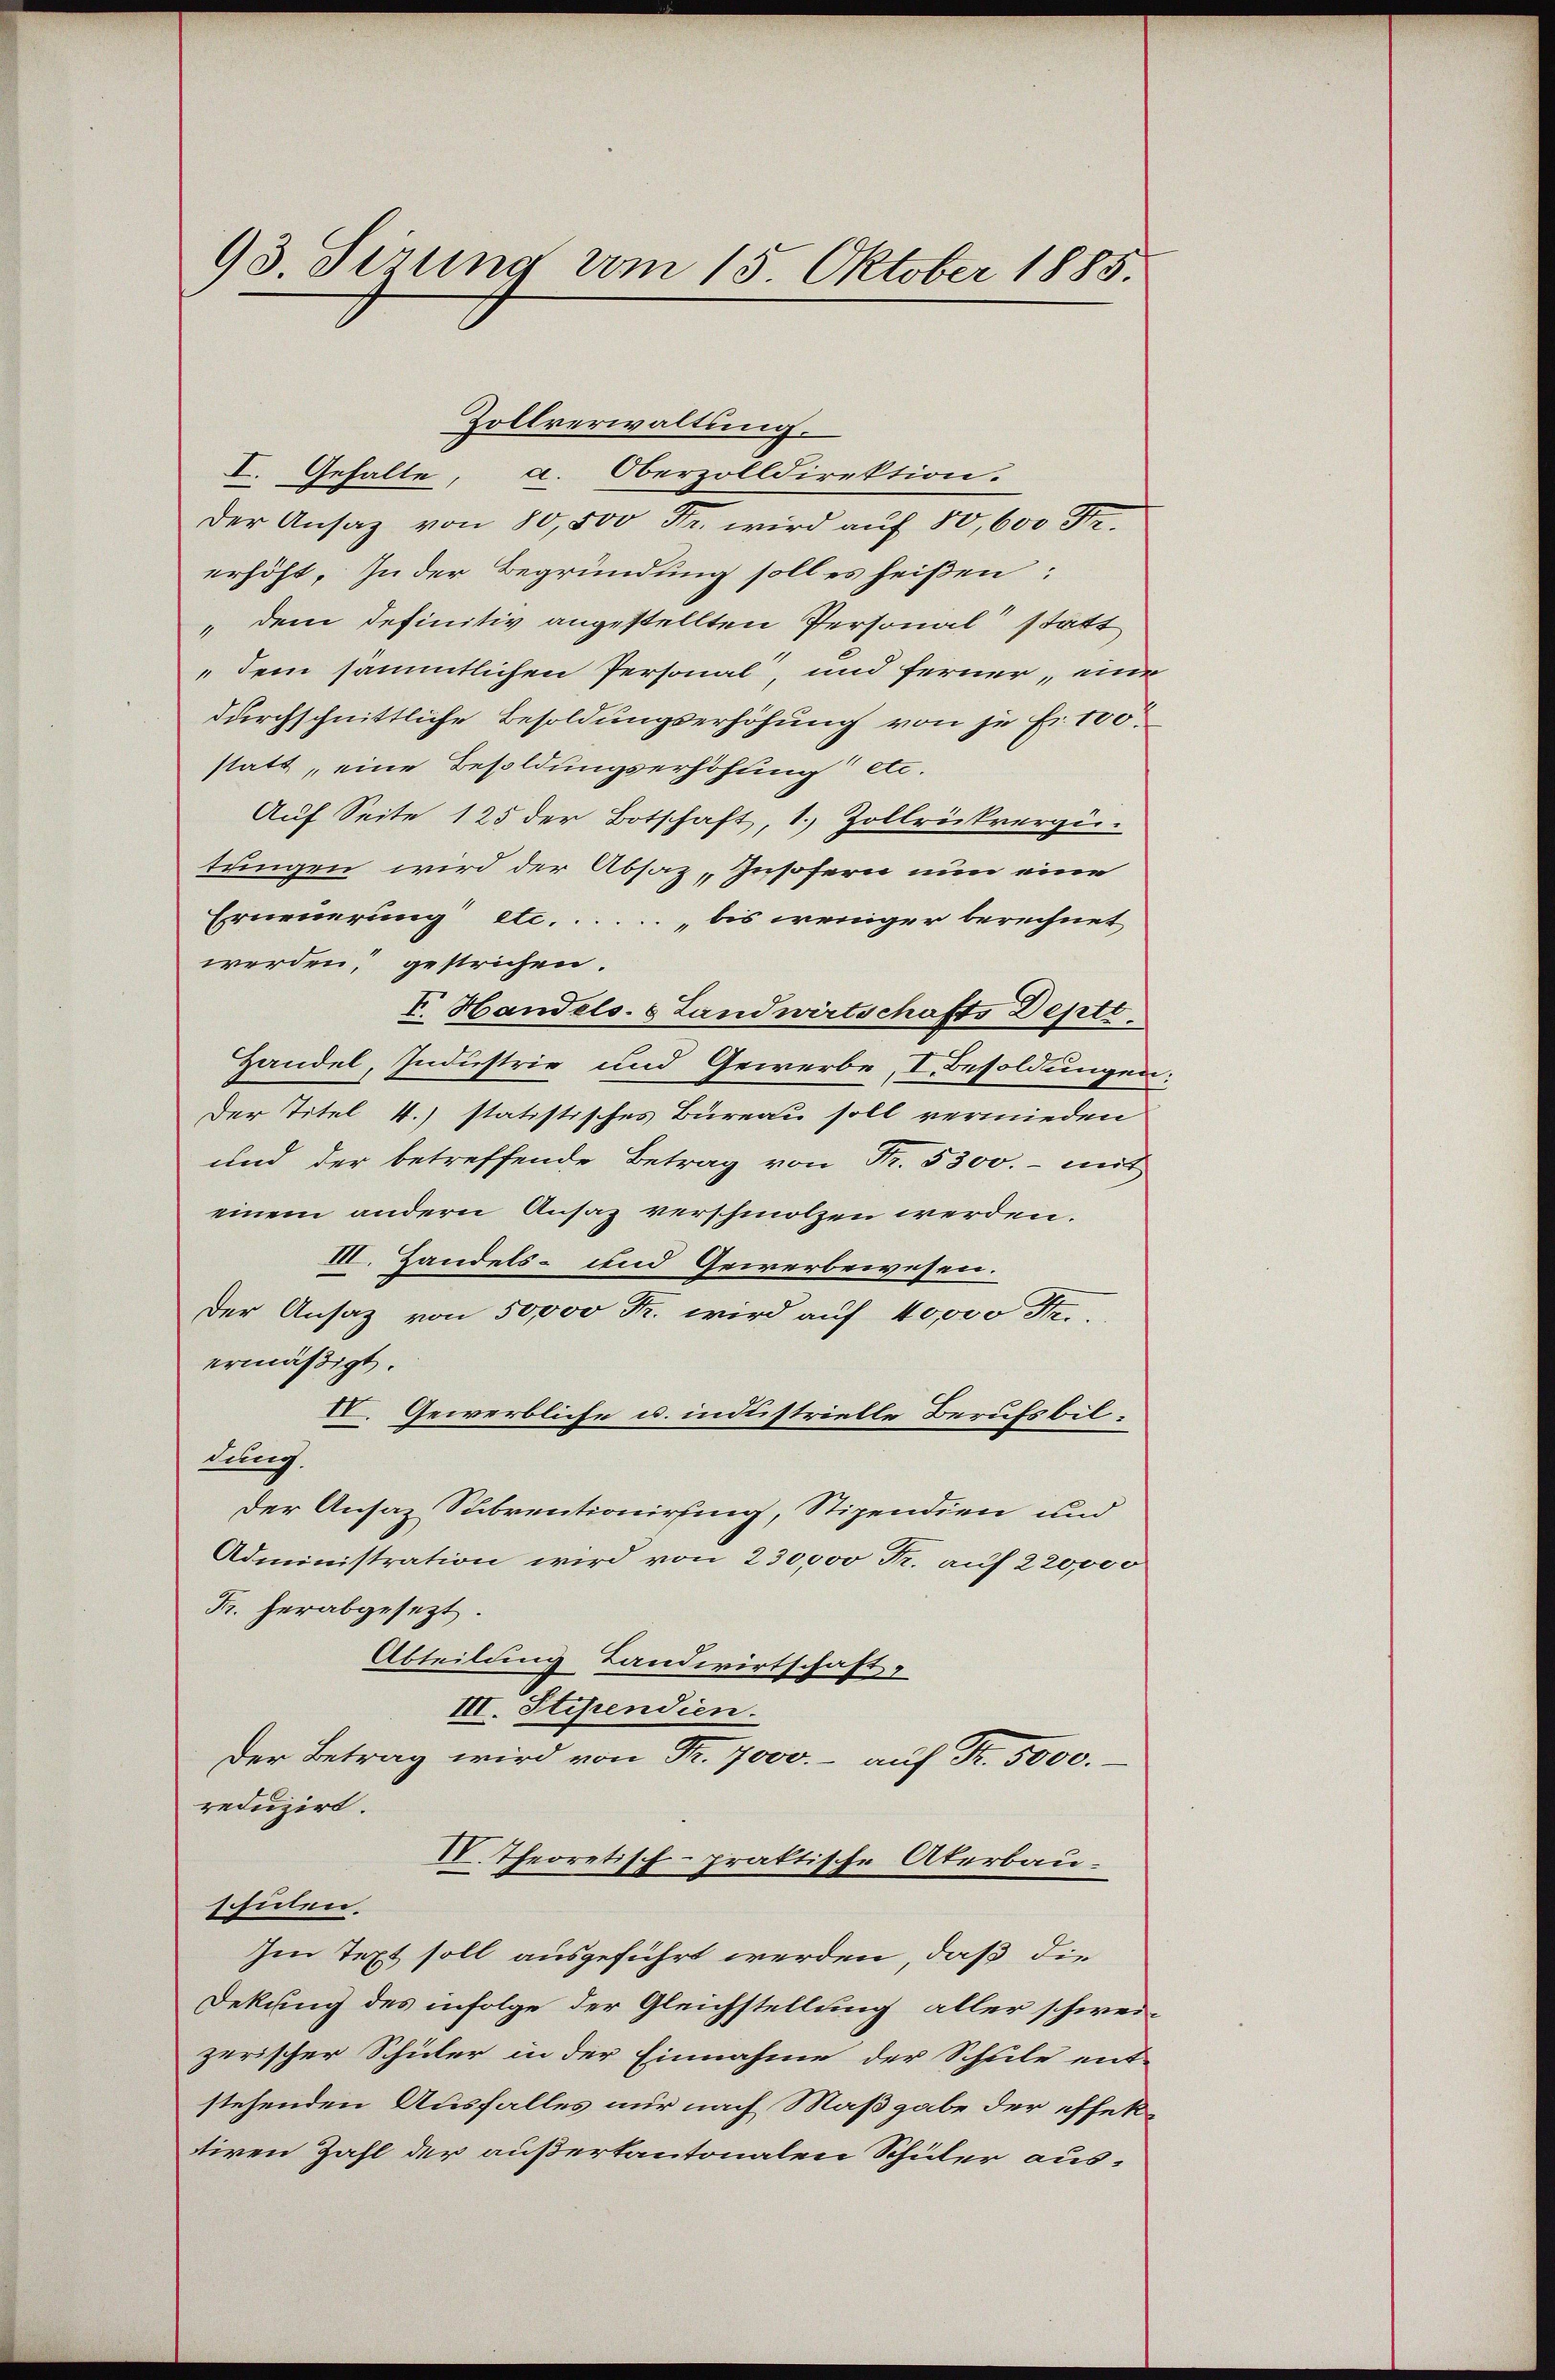
93. Sirung vom 15. Oktober 1885.

Zollverwaltung.
I. Gehalte, a. Oberzolldirektion.
Der Ansatz von 80,500 Fr. wird auf 80, 600 Fr.
erhöht. In der Begründung soll es heißen:
" dem definitiv angestellten Personal statt
„dem sämmtlichen Personal, und ferner, eine
durchschnittliche Besoldungserhöhung von je fr. 100.
statt, eine Besoldungserhöhung etc.
Auf Seite 125 der Botschaft, 1. Zollrickvergi-
tungen wird der Absaz, Insofern nun eine
Erneuerung etc. . . ... bis weniger berechnet
werden, gestrichen.
V. Handels- & Landwirtschafts Deptt.
Handel, Industrie und Gewerbe, I. Besoldungen
Der Titel 4.) statistisches Büreau soll vermieden
und der betreffende Betrag von Fr. 5300. - mit
einem andern Ansaz verschmolzen werden.
VII. Handels- und Gewerbewesen.
Der Ansatz von 50,000 Fr. wird auf 40000 Fr.
ermäßigt.
VI. Gewerbliche u. industrielle Berufsbillung.
Der Ansaz Subventionirung, Stipendien und
Administration wird von 230,000 Fr. auf 220000
Fr. herabgesetzt.
Abteilung Landwirtschaft,
III. Stipendien.
Der Betrag wird von Fr. 7000.- auf Fr. 5000.
reduzirt.
I. Theoretisch-praktische Aterbauschulen.
Im Text soll ausgeführt werden, daß die
Dekung des infolge der Gleichstellung aller schwei-
zerischer Schüler in der Einnahme der Schule ent-
stehenden Ausfalles nur nach Maßgabe der effektiren Zahl der außerkantonalen Schüler aus¬